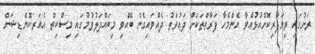
ރަށުގައި ވިޔަފާރިކޮށްއުޅުއްވާ އެންމެހާ ފަރާތްތަކަށް ދަޢުވަތު ދެއްވައިގެން ބޭއްވި މިބައްދަލުވުމުގައި މިސްކިތް އެއަރކޮންޑިޝަން